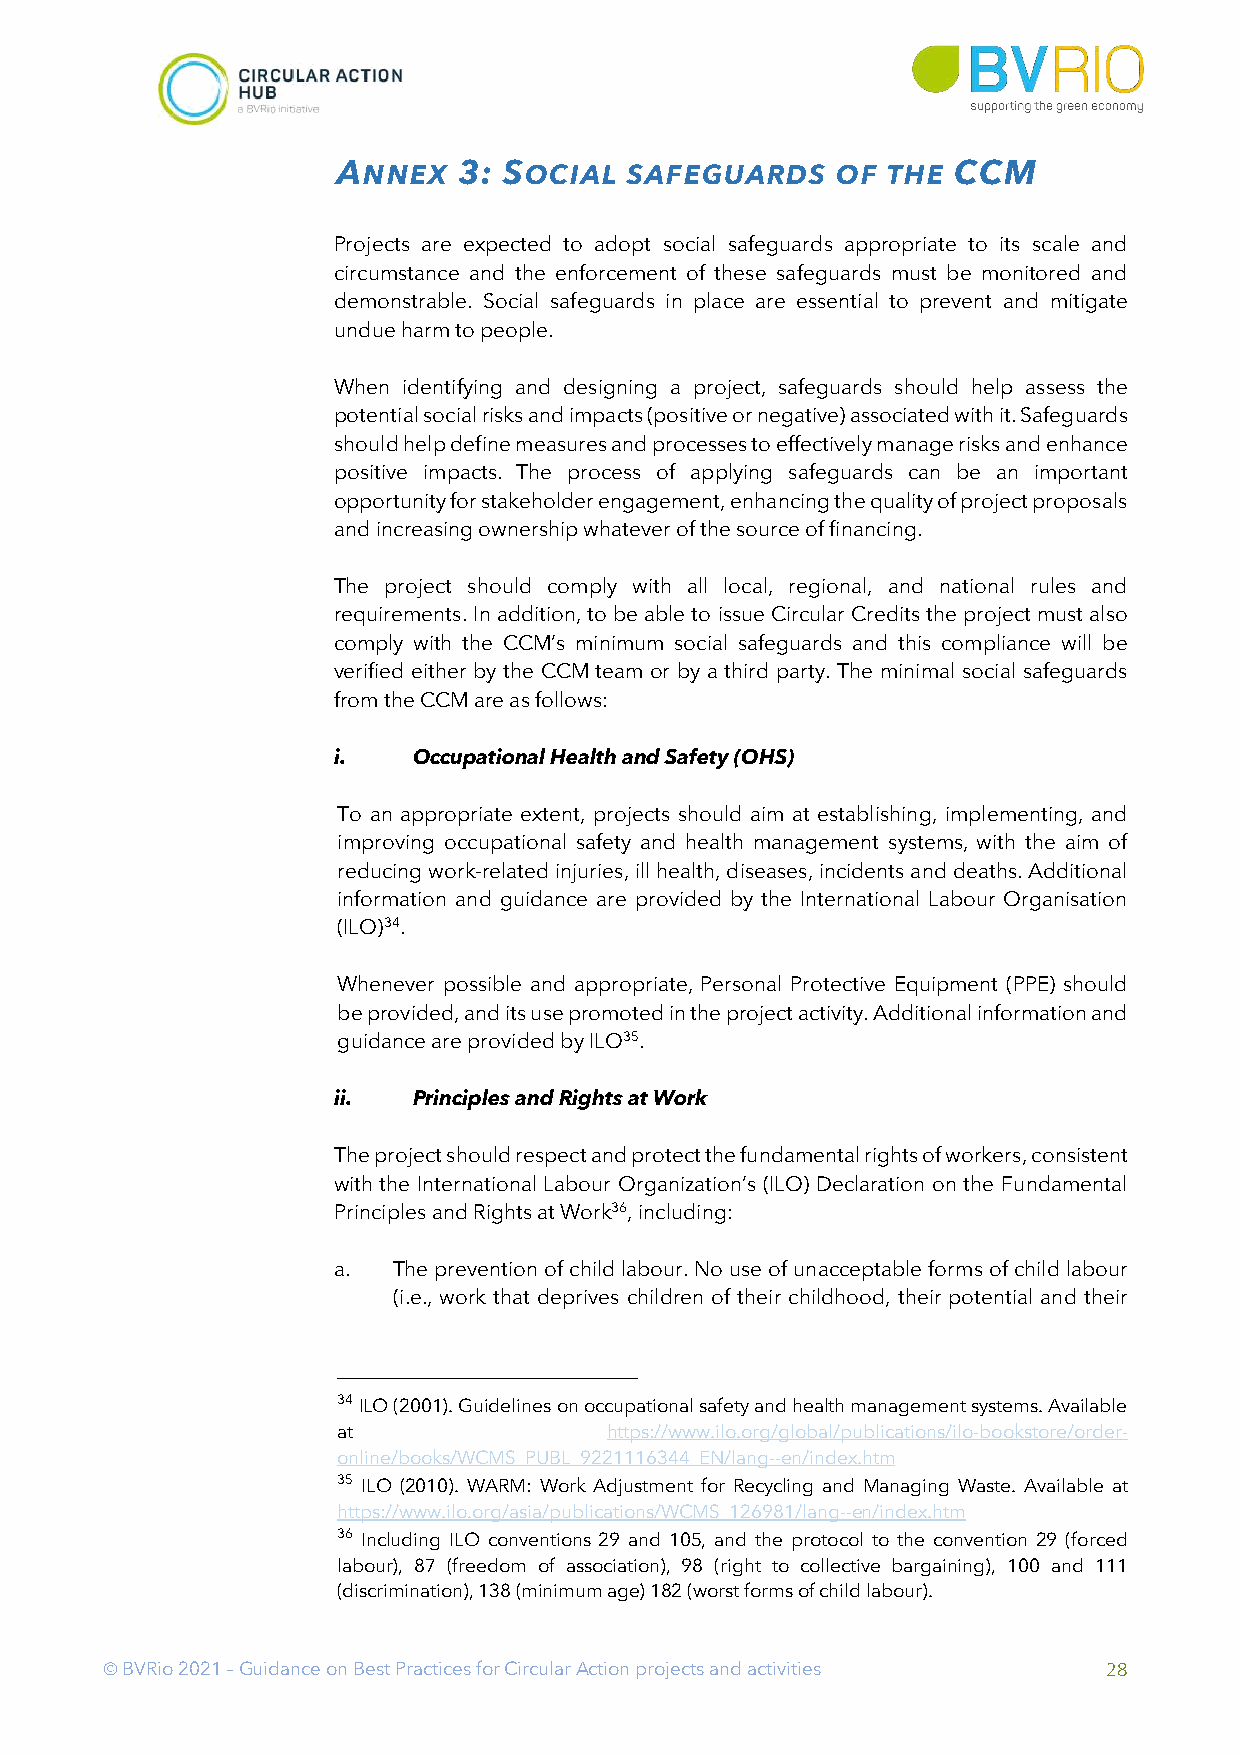
ANNEX   3: SOCIAL  SAFEGUARDS    OF  THE CCM
 Projects are expected to adopt social safeguards appropriate to its scale and
 circumstance and the enforcement of these safeguards must be monitored and
 demonstrable. Social safeguards in place are essential to prevent and mitigate
 undue harm to people.
 When identifying and designing a project, safeguards should help assess the
 potential social risks and impacts (positive or negative) associated with it. Safeguards
 should help define measures and processes to effectively manage risks and enhance
 positive impacts. The process of applying safeguards can be an important
 opportunity for stakeholder engagement, enhancing the quality of project proposals
 and increasing ownership whatever of the source of financing.
 The project should comply with all local, regional, and national rules and
 requirements. In addition, to be able to issue Circular Credits the project must also
 comply with the CCM’s minimum social safeguards and this compliance will be
 verified either by the CCM team or by a third party. The minimal social safeguards
 from the CCM are as follows:
 i.   Occupational Health and Safety (OHS)
 To an appropriate extent, projects should aim at establishing, implementing, and
 improving occupational safety and health management systems, with the aim of
 reducing work-related injuries, ill health, diseases, incidents and deaths. Additional
 information and guidance are provided by the International Labour Organisation
 (ILO)34.
 Whenever possible and appropriate, Personal Protective Equipment (PPE) should
 be provided, and its use promoted in the project activity. Additional information and
 guidance are provided by ILO35.
 ii.  Principles and Rights at Work
 The project should respect and protect the fundamental rights of workers, consistent
 with the International Labour Organization’s (ILO) Declaration on the Fundamental
 Principles and Rights at Work36, including:
 a.  The prevention of child labour. No use of unacceptable forms of child labour
 (i.e., work that deprives children of their childhood, their potential and their
 34 ILO (2001). Guidelines on occupational safety and health management systems. Available
 at                https://www.ilo.org/global/publications/ilo-bookstore/order-
 online/books/WCMS_PUBL_9221116344_EN/lang--en/index.htm
 35 ILO (2010). WARM: Work Adjustment for Recycling and Managing Waste. Available at
 https://www.ilo.org/asia/publications/WCMS_126981/lang--en/index.htm
 36 Including ILO conventions 29 and 105, and the protocol to the convention 29 (forced
 labour), 87 (freedom of association), 98 (right to collective bargaining), 100 and 111
 (discrimination), 138 (minimum age) 182 (worst forms of child labour).
 Ó BVRio 2021 – Guidance on Best Practices for Circular Action projects and activities 28